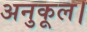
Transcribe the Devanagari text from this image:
अनुकूल।